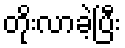
တိုးလာခဲ့ပြီး